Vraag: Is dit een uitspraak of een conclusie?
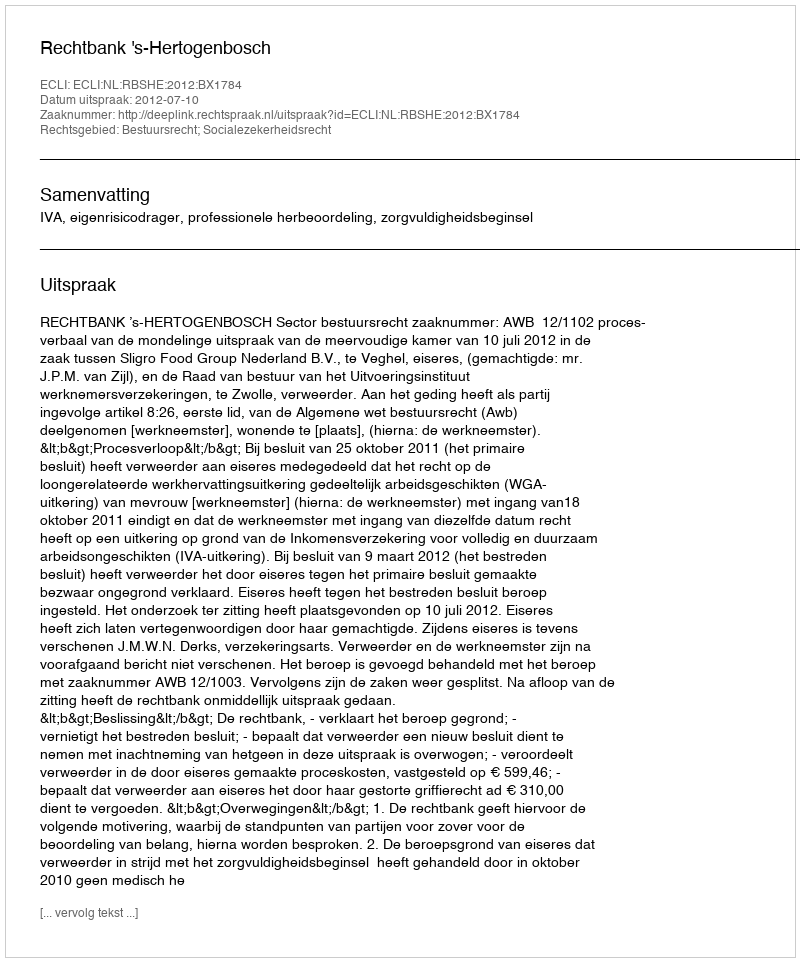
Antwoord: Uitspraak